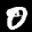
Label: 0